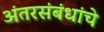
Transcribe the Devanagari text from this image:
अंतरसंबंधांचे